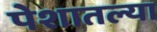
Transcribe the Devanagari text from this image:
पेशातल्या